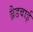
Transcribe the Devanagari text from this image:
ब्रैडबाई